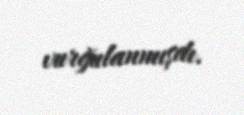
vurğulanmışdı.